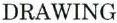
DRAWING